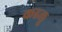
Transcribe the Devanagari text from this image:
कडलू